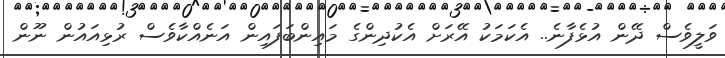
ވަލީވެސް ދޭން އުޅެފާނެ.. އެކަމަކު އޭރަށް އެކުދިންގެ މައިންބަފައިން އަނެއްކާވެސް ރުޅިއައުން ނޫން